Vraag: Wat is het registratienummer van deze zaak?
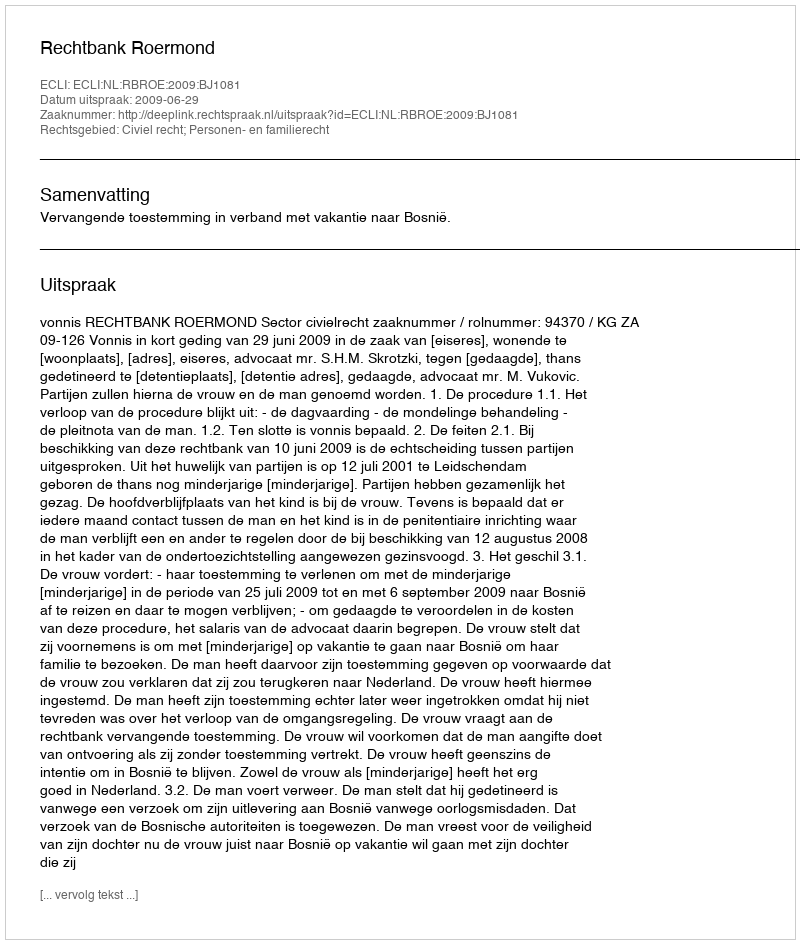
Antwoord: http://deeplink.rechtspraak.nl/uitspraak?id=ECLI:NL:RBROE:2009:BJ1081